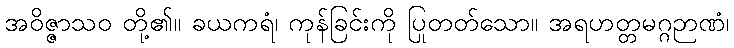
အဝိဇ္ဇာသဝ တို့၏။ ခယကရံ၊ ကုန်ခြင်းကို ပြုတတ်သော။ အရဟတ္တမဂ္ဂဉာဏံ၊